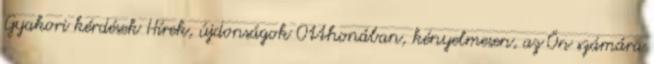
Gyakori kérdések Hírek, újdonságok Otthonában, kényelmesen, az Ön számára